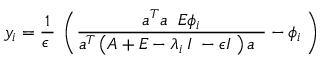
y _ { i } = \frac { 1 } { \epsilon \; } \; \left( \frac { a ^ { T } a \; \; E \phi _ { i } } { a ^ { T } \left( A + E - \lambda _ { i \; } I \; - \epsilon I \; \right) a \; \; } - \phi _ { i \; } \right)